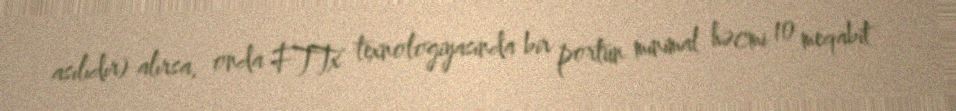
asılıdır) alırsa, onda FTTx texnologiyasında bir portun minimal həcmi 10 meqabit